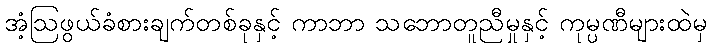
အံ့ဩဖွယ်ခံစားချက်တစ်ခုနှင့် ကာဘာ သဘောတူညီမှုနှင့် ကုမ္ပဏီများထဲမှ